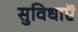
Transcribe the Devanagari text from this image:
सुविधाऍं